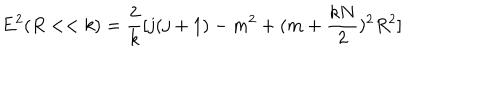
LaTeX: E ^ { 2 } ( R < < k ) = \frac { 2 } { k } [ j ( j + 1 ) - m ^ { 2 } + ( m + \frac { k N } { 2 } ) ^ { 2 } R ^ { 2 } ]